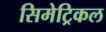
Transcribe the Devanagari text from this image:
सिमेट्रिकल